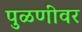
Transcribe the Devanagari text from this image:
पुळणींवर